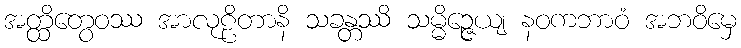
အတ္ထိတွေဝဿ အာလုဠိတာနိ သခန္တဿိ သမ္မိဉ္ဇေယျ နဝကဘာဝံ အဘဝိမှေ